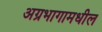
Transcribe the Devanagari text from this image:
अग्रभागामधील